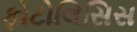
ફોટોલિસિસ